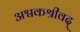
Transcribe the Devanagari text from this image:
अश्वकश्रीवद्‌